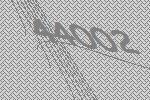
44002